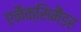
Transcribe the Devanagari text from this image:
एनैक्सिमैंडर